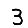
Digit: 3